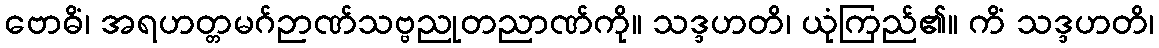
ဗောဓိံ၊ အရဟတ္တမဂ်ဉာဏ်သဗ္ဗညုတညာဏ်ကို။ သဒ္ဒဟတိ၊ ယုံကြည်၏။ ကိံ သဒ္ဒဟတိ၊